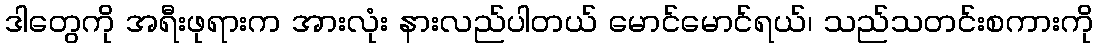
ဒါတွေကို အရီးဖုရားက အားလုံး နားလည်ပါတယ် မောင်မောင်ရယ်၊ သည်သတင်းစကားကို